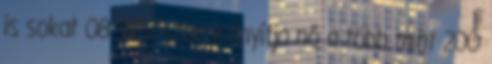
is sokat 08:31Először irányítja nő a több mint 200